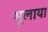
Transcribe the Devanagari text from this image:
भूलाया